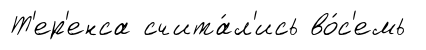
Т'ер'енса счита́л'ись во́с'емь